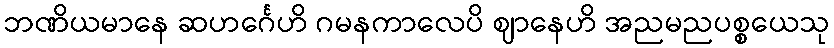
ဘဏိယမာနေ ဆဟင်္ဂေဟိ ဂမနကာလေပိ ဈာနေဟိ အညမညပစ္စယေသု